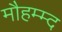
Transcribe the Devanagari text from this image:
मौहम्म्द